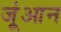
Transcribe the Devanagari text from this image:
जूंआन